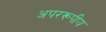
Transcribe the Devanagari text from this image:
अपररूपीय